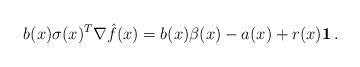
LaTeX: \begin{align*} b(x)\sigma(x)^T \nabla \hat f(x)= b(x)\beta(x)-a(x)+r(x)\mathbf 1\,. \end{align*}